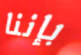
بإننا